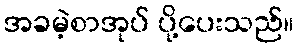
အခမဲ့စာအုပ် ပို့ပေးသည်။